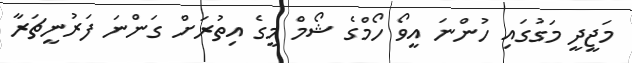
މަޖީދީ މަގުގައި ހުންނަ އީވޯ ހޯމްގެ ޝޯމް މީގެ އިތުރަށް ގަންނަ ފަރުނީޗަރާ